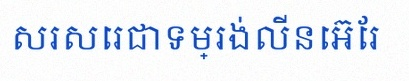
សរសេរជាទម្រង់លីនេអ៊ែរ